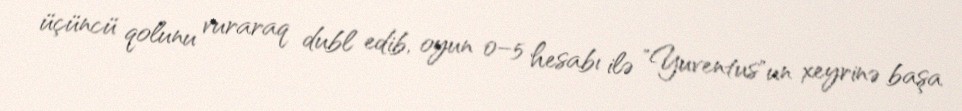
üçüncü qolunu vuraraq dubl edib, oyun 0–5 hesabı ilə "Yuventus"un xeyrinə başa